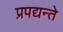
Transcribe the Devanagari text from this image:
प्रपद्यन्ते